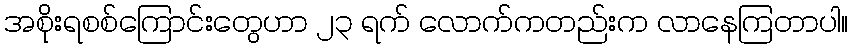
အစိုးရစစ်ကြောင်းတွေဟာ ၂၃ ရက် လောက်ကတည်းက လာနေကြတာပါ။